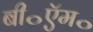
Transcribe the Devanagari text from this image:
बी॰ऍम॰